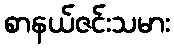
စာနယ်ဇင်းသမား